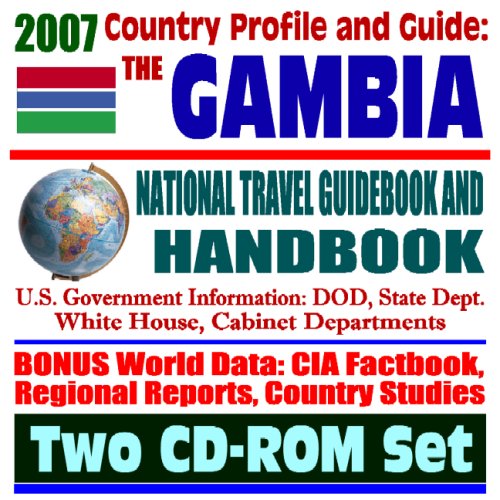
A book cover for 2007 Country Profile and Guide to Gambia (the Gambia) - National Travel Guidebook and Handbook - ECOWAS (Economic Community of West African States), Energy in Africa (Two CD-ROM Set); U.S. Government; Travel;